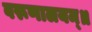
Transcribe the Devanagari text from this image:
वरूणालयम्॥